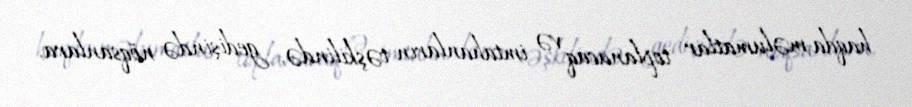
haqda məlumatlar toplanacaq və imtahanların təşkilində, gedişində nöqsanlara,